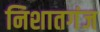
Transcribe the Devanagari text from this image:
निशातगंज